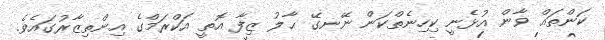
ކަންތައް ވާން އުޅެނީ ކިހިނެތްކަން ނޭނގޭ ޙާލު ޒިފާ އޮތީ އަކްރަމްގެ އިންތިޒާރުގައެވެ.